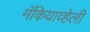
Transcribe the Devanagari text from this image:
मॅकियाव्हेली